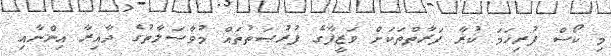
މި ކޯސް ފުރިހަމަ ކުރާ ފަރާތްތަކަށް ވަޒީފާގެ ފުރުޞަތުތައް މުވާސަލާތުގެ ދާއިރާ އިންނާއި